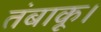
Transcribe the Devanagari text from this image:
तंबाकू।